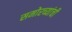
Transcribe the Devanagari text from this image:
समोरच्यांची